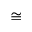
\cong